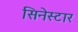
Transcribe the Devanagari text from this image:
सिनेस्टार